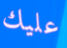
عليك